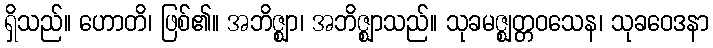
ရှိသည်။ ဟောတိ၊ ဖြစ်၏။ အဘိဇ္ဈာ၊ အဘိဇ္ဈာသည်။ သုခမဇ္ဈတ္တဝသေန၊ သုခဝေဒနာ